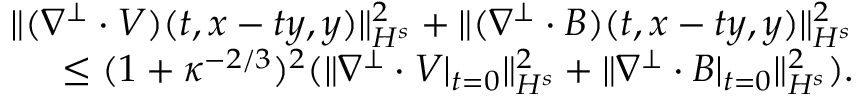
\begin{array} { r } { \| ( \nabla ^ { \perp } \cdot V ) ( t , x - t y , y ) \| _ { H ^ { s } } ^ { 2 } + \| ( \nabla ^ { \perp } \cdot B ) ( t , x - t y , y ) \| _ { H ^ { s } } ^ { 2 } } \\ { \leq ( 1 + \kappa ^ { - 2 / 3 } ) ^ { 2 } ( \| \nabla ^ { \perp } \cdot V | _ { t = 0 } \| _ { H ^ { s } } ^ { 2 } + \| \nabla ^ { \perp } \cdot B | _ { t = 0 } \| _ { H ^ { s } } ^ { 2 } ) . } \end{array}